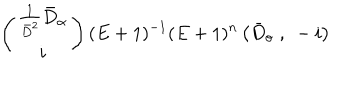
\left( \begin{array} { c } { { \frac { 1 } { \bar { D } ^ { 2 } } \bar { D } _ { \alpha } } } \\ { { i } } \\ \end{array} \right) ( E + 1 ) ^ { - 1 } ( E + 1 ) ^ { n } \left( \bar { D } _ { \sigma } \ , \ - i \right)